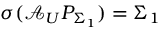
\sigma ( \mathcal { A } _ { U } P _ { \Sigma _ { 1 } } ) = \Sigma _ { 1 }